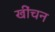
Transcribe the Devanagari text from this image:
खींचन